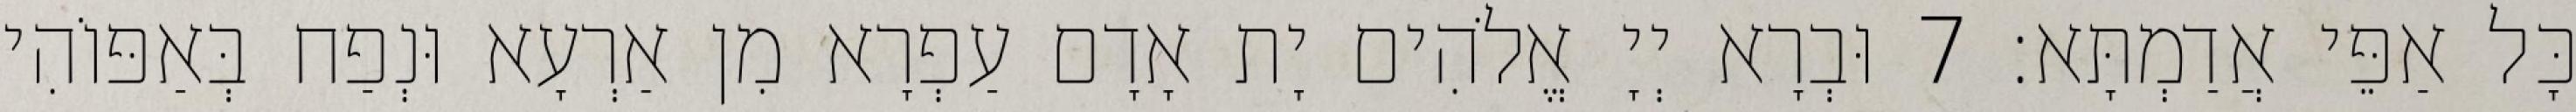
כָּל אַפֵּי אֲדַמְתָּא׃ 7 וּבְרָא יְיָ אֱלֹהִים יָת אָדָם עַפְרָא מִן אַרְעָא וּנְפַח בְּאַפּוֹהִי